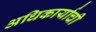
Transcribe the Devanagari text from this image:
अधिकार्याची